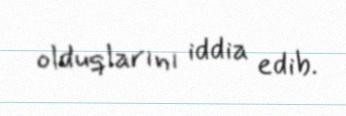
olduqlarını iddia edib.